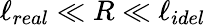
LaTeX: \ell_{real}\ll R\ll\ell_{idel}